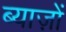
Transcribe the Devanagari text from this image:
ब्याज़ों